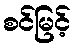
စင်မြင့်